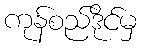
ကုန်စည်ဒိုင်မှ